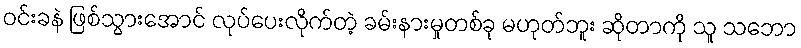
ဝင်းခနဲ ဖြစ်သွားအောင် လုပ်ပေးလိုက်တဲ့ ခမ်းနားမှုတစ်ခု မဟုတ်ဘူး ဆိုတာကို သူ သဘော